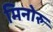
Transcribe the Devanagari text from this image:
मिनोरु